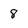
Character: 8